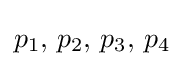
p_{1},\,p_{2},\,p_{3},\,p_{4}